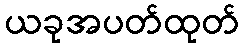
ယခုအပတ်ထုတ်